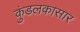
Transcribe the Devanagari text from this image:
कुंडलकासार